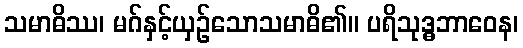
သမာဓိဿ၊ မဂ်နှင့်ယှဉ်သောသမာဓိ၏။ ပရိသုဒ္ဓဘာဝေန၊